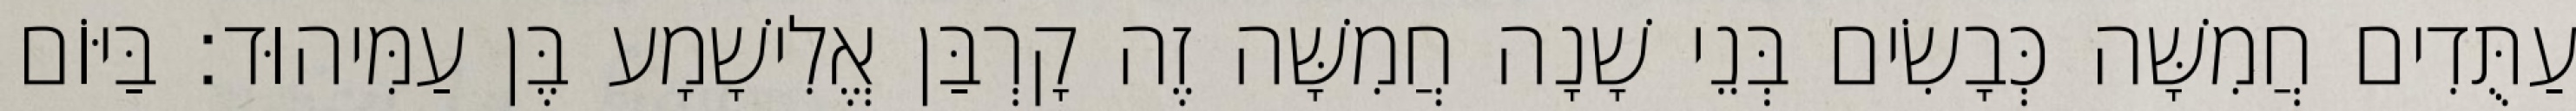
עַתֻּדִים חֲמִשָּׁה כְּבָשִׂים בְּנֵי שָׁנָה חֲמִשָּׁה זֶה קָרְבַּן אֱלִישָׁמָע בֶּן עַמִּיהוּד׃ בַּיּוֹם